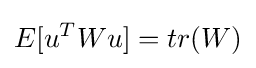
E[u^{T}Wu]=tr(W)